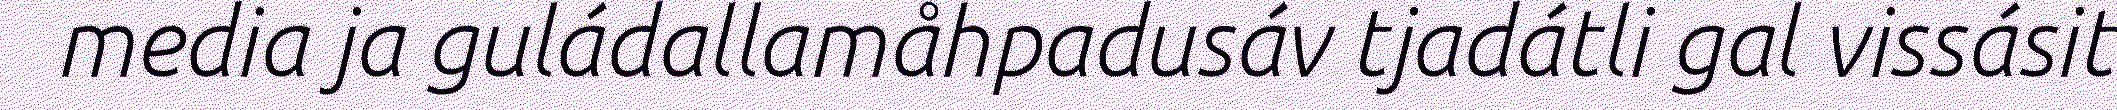
media ja guládallamåhpadusáv tjadátli gal vissásit